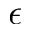
\ensuremath { \epsilon }